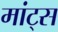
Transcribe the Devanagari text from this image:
मांट्स